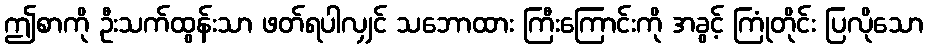
ဤစာကို ဦးသက်ထွန်းသာ ဖတ်ရပါလျှင် သဘောထား ကြီးကြောင်းကို အခွင့် ကြုံတိုင်း ပြလိုသော